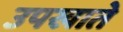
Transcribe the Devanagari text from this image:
उपखाते